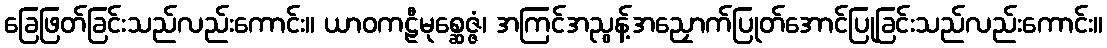
ခြေဖြတ်ခြင်းသည်လည်းကောင်း။ ယာဝကဠီမုစ္ဆေဇ္ဇံ၊ အကြင်အညွန့်အညှောက်ပြုတ်အောင်ပြုခြင်းသည်လည်းကောင်း။